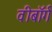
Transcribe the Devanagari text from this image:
वीबॉर्ग